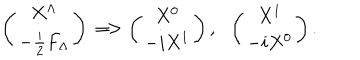
LaTeX: \left( \begin{matrix} { { X ^ { \Lambda } } } \\ { { - { \frac { i } { 2 } } F _ { \Lambda } } } \\ \end{matrix} \right) \Longrightarrow \left( \begin{matrix} { { X ^ { 0 } } } \\ { { - i X ^ { 1 } } } \\ \end{matrix} \right) , ~ ~ \left( \begin{matrix} { { X ^ { 1 } } } \\ { { - i X ^ { 0 } } } \\ \end{matrix} \right) .